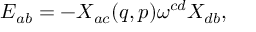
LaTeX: { \cal E } _ { a b } = - X _ { a c } ( q , p ) \omega ^ { c d } X _ { d b } ,